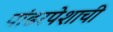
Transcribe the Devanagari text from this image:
पांढरपेशाची